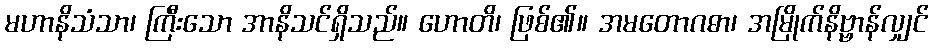
မဟာနိသံသာ၊ ကြီးသော အာနိသင်ရှိသည်။ ဟောတိ၊ ဖြစ်၏။ အမတောဂဓာ၊ အမြိုက်နိဗ္ဗာန်လျှင်